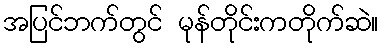
အပြင်ဘက်တွင် မုန်တိုင်းကတိုက်ဆဲ။